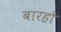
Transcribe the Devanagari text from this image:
बारहो